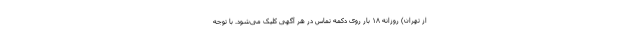
از تهران) روزانه ۱۸ بار روی دکمه تماس در هر آگهی کلیک می‌شود. با توجه